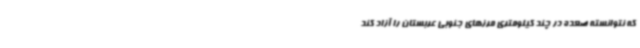
که نتوانسته صعده در چند کیلومتری مرزهای جنوبی عربستان را آزاد کند